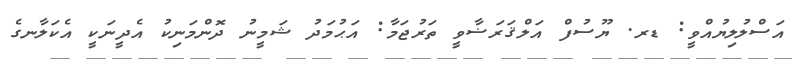
އަސްލުލިޔުއްވީ: ޑރ. ޔޫސުފް އަލްޤަރަޟާވީ ތަރުޖަމާ: އަޙުމަދު ޝަމީނު ދޮންމަނިކު އެދީނަކީ އެކަލާނގެ